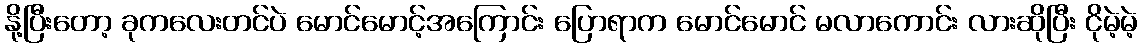
နို့ပြီးတော့ ခုကလေးတင်ပဲ မောင်မောင့်အကြောင်း ပြောရာက မောင်မောင် မလာကောင်း လားဆိုပြီး ငိုမဲ့မဲ့